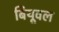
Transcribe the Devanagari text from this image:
बियूवल